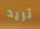
تريد